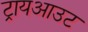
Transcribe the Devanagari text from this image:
ट्रायआउट